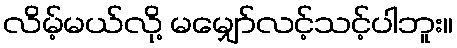
လိမ့်မယ်လို့ မမျှော်လင့်သင့်ပါဘူး။